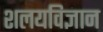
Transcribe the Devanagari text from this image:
शलयविज्ञान